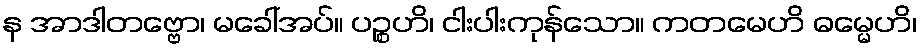
န အာဒါတဗ္ဗော၊ မခေါ်အပ်။ ပဉ္စဟိ၊ ငါးပါးကုန်သော။ ကတမေဟိ ဓမ္မေဟိ၊